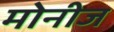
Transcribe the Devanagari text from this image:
मोनीज